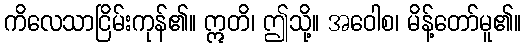
ကိလေသာငြိမ်းကုန်၏။ ဣတိ၊ ဤသို့။ အဝေါစ၊ မိန့်တော်မူ၏။